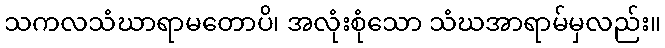
သကလသံဃာရာမတောပိ၊ အလုံးစုံသော သံဃအာရာမ်မှလည်း။